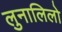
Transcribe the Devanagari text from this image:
लुनालिलो